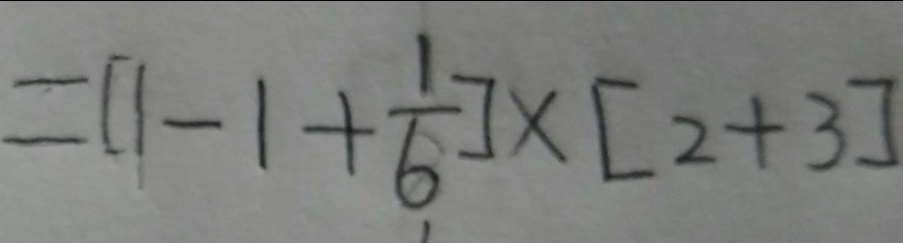
= [ 1 - 1 + \frac { 1 } { 6 } ] \times [ 2 + 3 ]